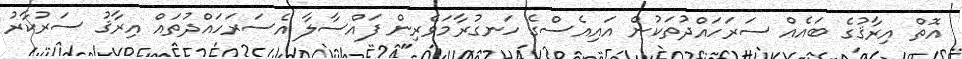
އޮތް އިރާޤުގެ ބައެއް ސަރަހައްދުތަކުން އައިއެސްގެ ހަނގުރާމަވެރިން ފައްސާލާ އެސަރަހައްދުތައް އިރާޤު ސަރުކާރު